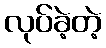
လုပ်ခဲ့တဲ့